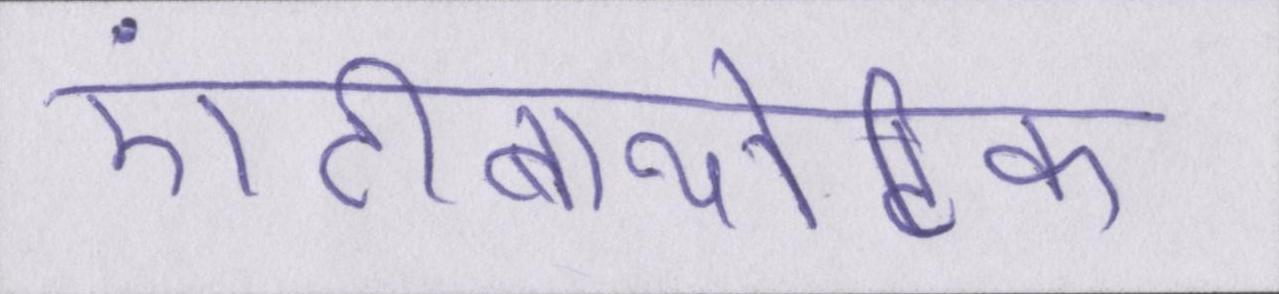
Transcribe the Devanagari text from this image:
एंटीबायोटिक